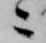
ニ